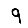
Digit: 9